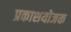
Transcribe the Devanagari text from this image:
प्रकाशयोजक